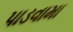
પાડવામા